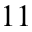
_ { 1 1 }